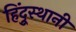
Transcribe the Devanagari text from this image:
हिंदूुस्थानी